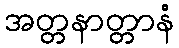
အတ္တနာတ္တာနံ